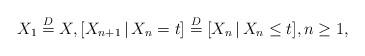
LaTeX: \begin{align*} X_1\stackrel{D}{=}X, [X_{n+1}\,|\,X_n=t]\stackrel{D}{=}[X_n\,|\,X_n\leq t],n\geq 1,\end{align*}